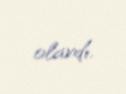
olardı.